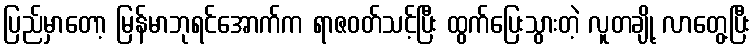
ပြည်မှာတော့ မြန်မာဘုရင်အောက်က ရာဇဝတ်သင့်ပြီး ထွက်ပြေးသွားတဲ့ လူတချို့ လာတွေ့ပြီး